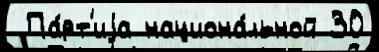
 Па́рт'иjа национа́льной 30